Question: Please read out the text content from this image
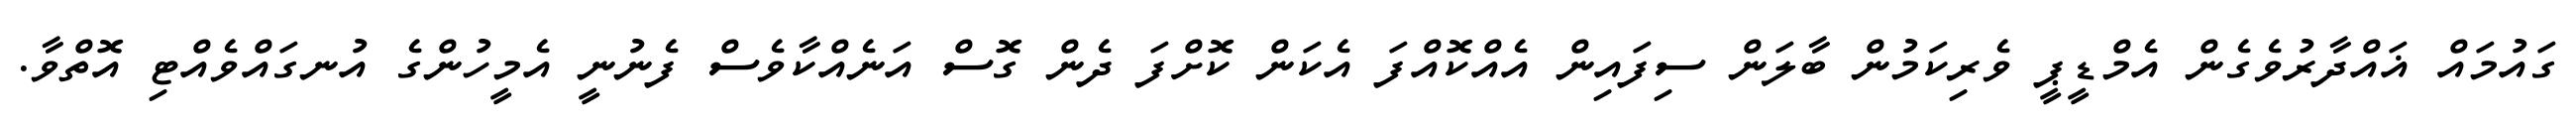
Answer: ގައުމައް ޣައްދާރުވެގެން އެމްޑީޕީ ވެރިކަމުން ބާލަން ސިފައިން އެއްކޮއްފަ އެކަން ކޮށްފަ ދެން ގޮސް އަނެއްކާވެސް ފެނުނީ އެމީހުންގެ އުނގައްވެއްޓި އޮތްވާ.